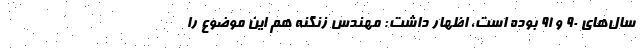
سال‌های 90 و 91 بوده است، اظهار داشت: مهندس زنگنه هم این موضوع را